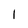
Character: 1